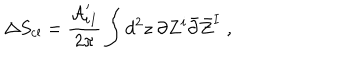
LaTeX: \Delta S _ { \mathrm { c l } } = { \frac { { \cal A } _ { i I } ^ { \prime } } { 2 \pi } } \int d ^ { 2 } z ~ \partial Z ^ { i } \bar { \partial } \bar { Z } ^ { I } \; ,